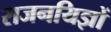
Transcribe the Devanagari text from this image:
राजनयिज्ञों